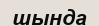
шында